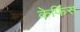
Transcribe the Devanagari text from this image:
केफिंस